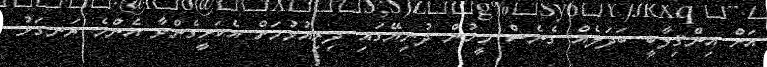
އަށް އިންޤިލާބީ ބަދަލެއް ގެނެސް މީހުން ދުނިޔޭގައި ދިރިއުޅުމަށް އެކަށީގެންވާ އެންމެ ރަނގަޅު